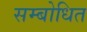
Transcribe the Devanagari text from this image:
सम्‍बोधित